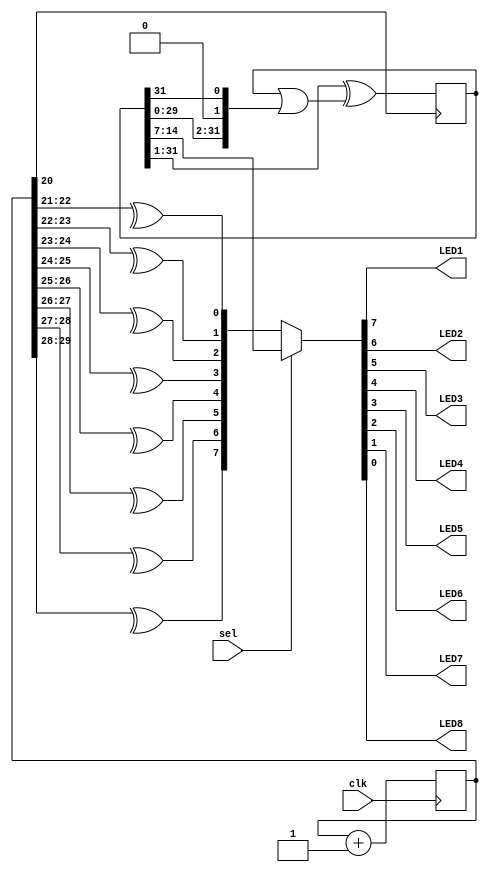
module top (
    input clk,
    input sel,
    output LED1,
    output LED2,
    output LED3,
    output LED4,
    output LED5,
    output LED6,
    output LED7,
    output LED8
);

    localparam BITS = 8;
    localparam LOG2DELAY = 22;
    
    function [BITS-1:0] bin2gray(input [BITS+1:0] in);
        integer i;
        reg [BITS+1:0] temp;
        begin
            temp = in;
            for (i=0; i<BITS; i=i+1)
                bin2gray[i] = ^temp[i +: 2];
        end
    endfunction
    

    reg [BITS+LOG2DELAY-1:0] counter = 0; 
    
    always@(posedge clk)
        counter <= counter + 1;
        
    
    reg [31:0] rng = 32'h00010000; 
    
    always@(posedge counter[LOG2DELAY-2]) rng <= ({rng[0],(rng >> 1)})^(rng | {(rng << 1),rng[31]});
        
        
    assign {LED1, LED2, LED3, LED4, LED5, LED6, LED7, LED8} = sel ? rng[14:7] : bin2gray(counter >> LOG2DELAY-1);
    
    
    
endmodule